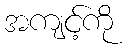
အကျင့်ကို